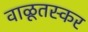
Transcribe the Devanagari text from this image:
वाळूतस्कर